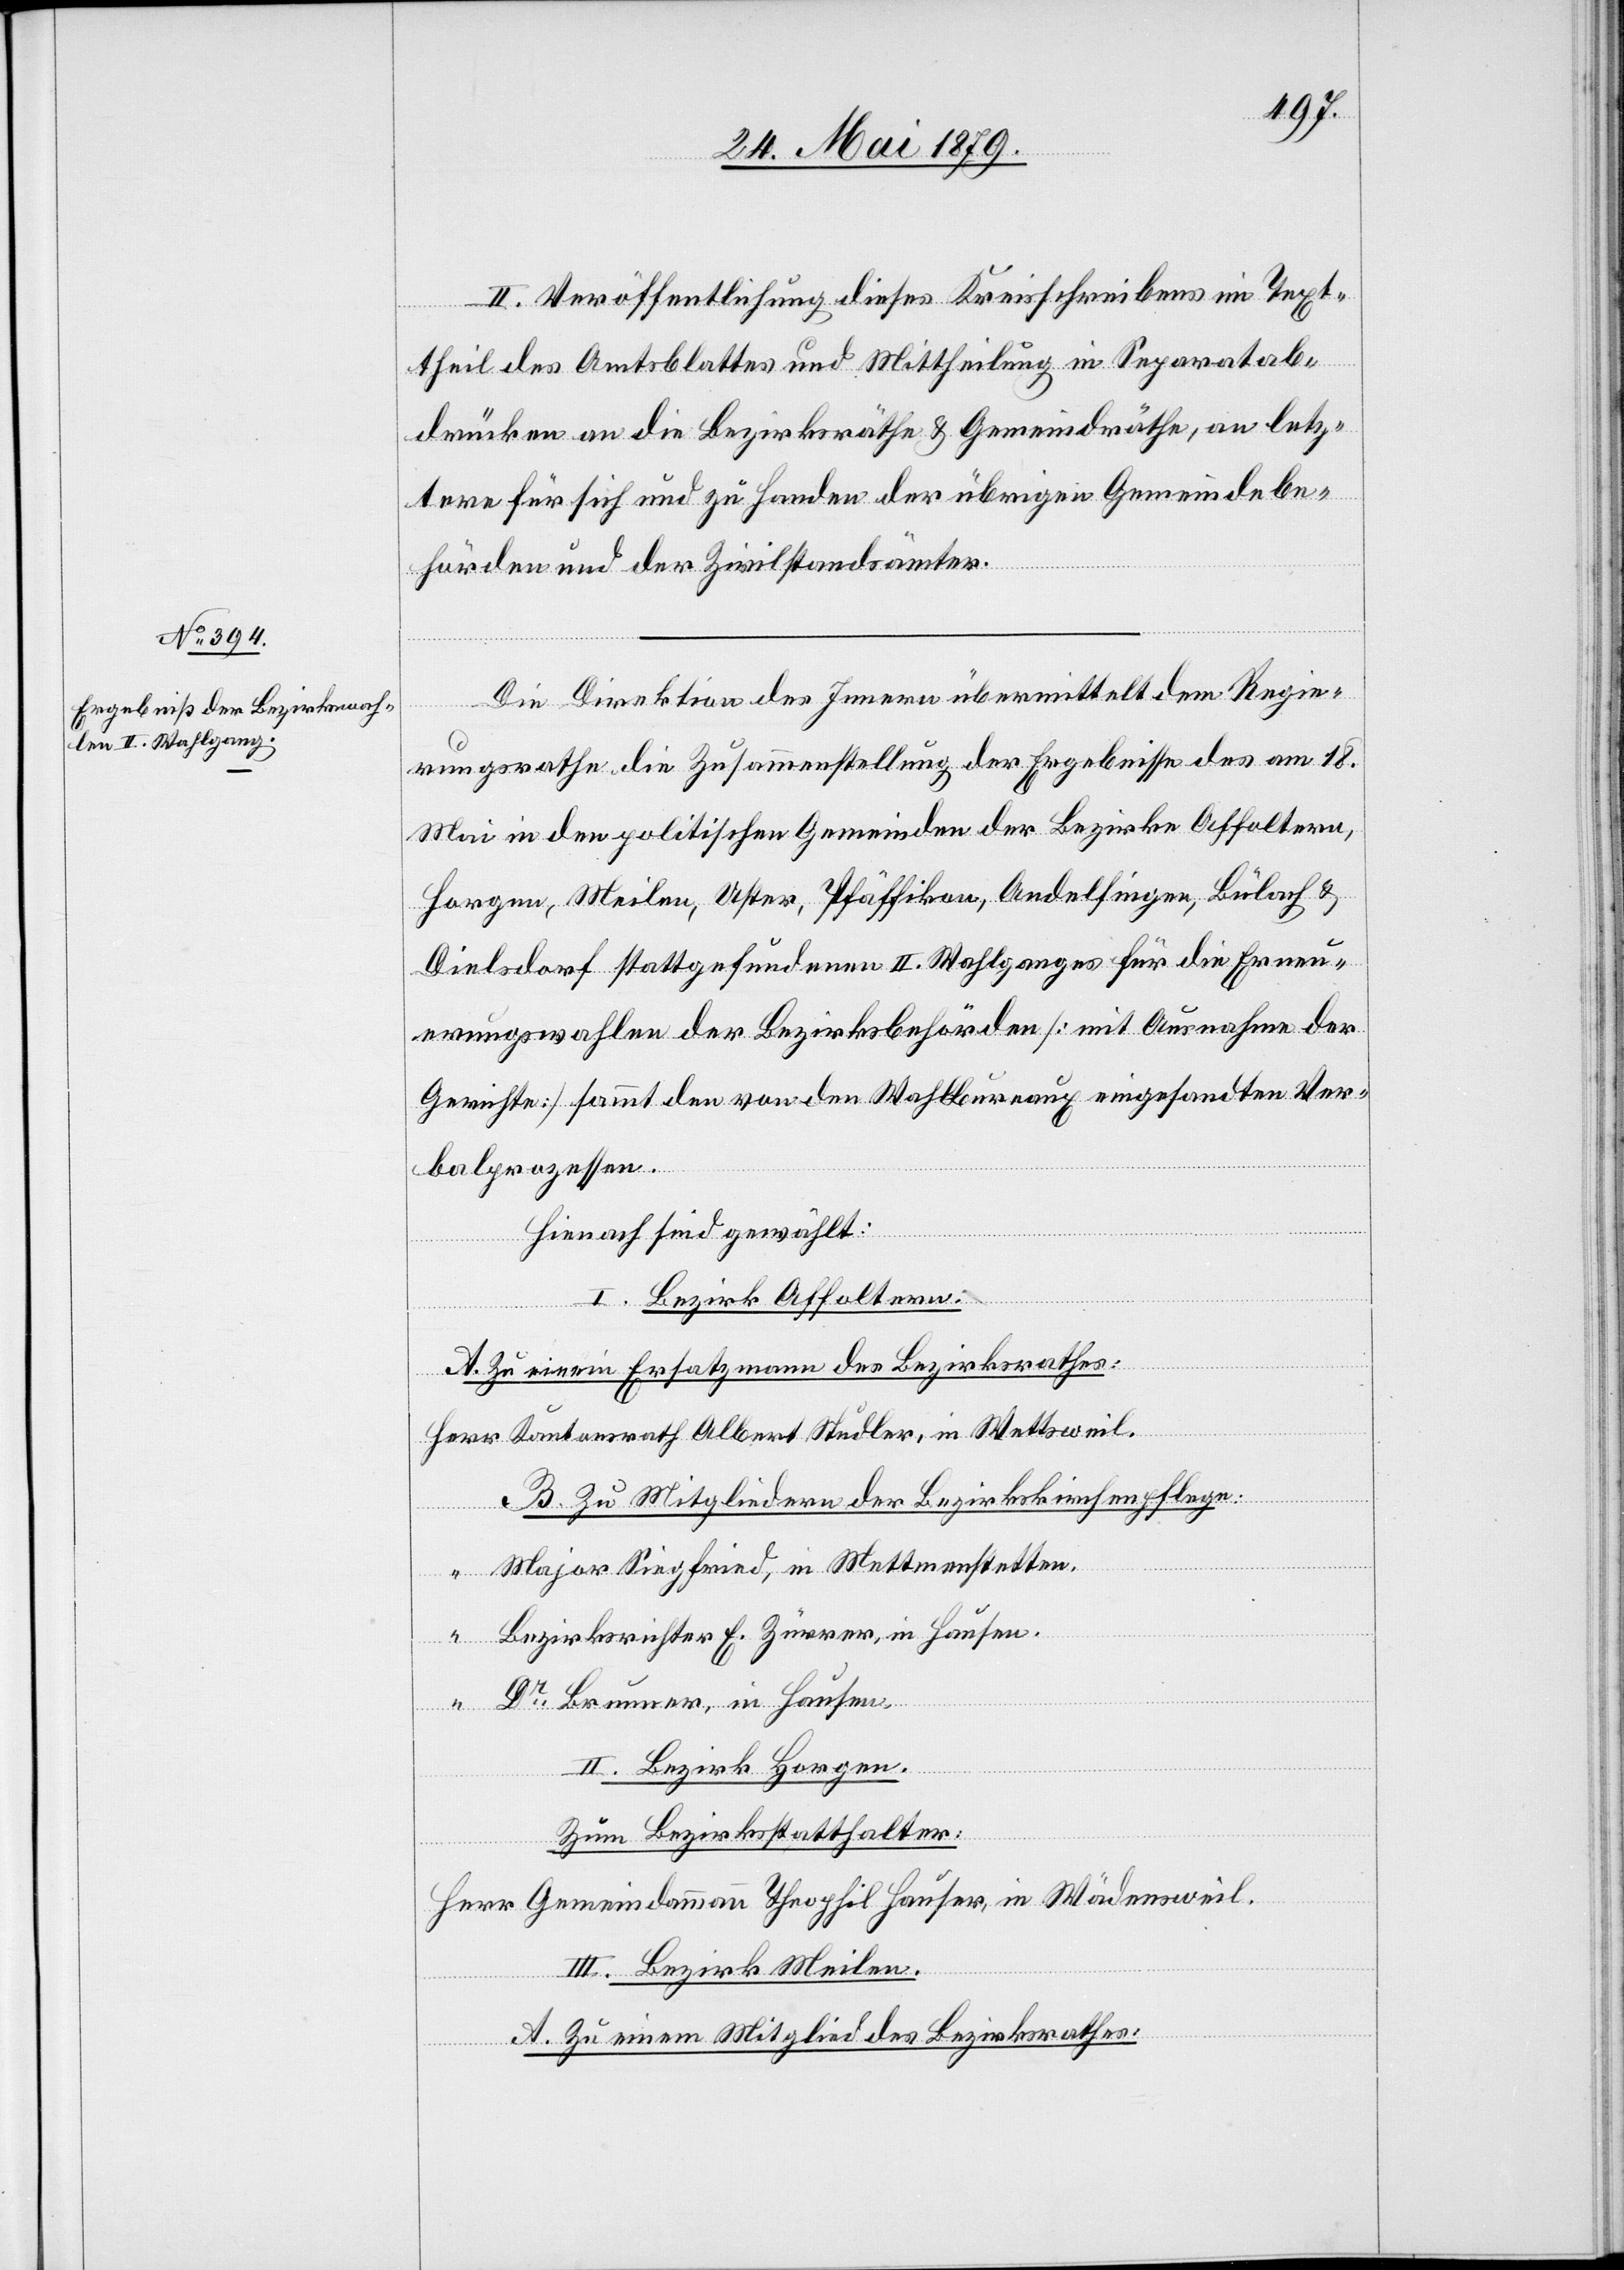
II. Veröffentlichung dieses Kreisschreibens im Text¬
theil des Amtsblattes und Mittheilung in Separatab¬
drücken an die Bezirksräthe & Gemeindräthe, an letz¬
tere für sich und zu Handen der übrigen Gemeindebe¬
hörden und der Zivilstandsämter.
Die Direktion des Innern übermittelt dem Regie¬
rungsrathe die Zusammenstellung der Ergebnisse des am 18.
Mai in den politischen Gemeinden der Bezirke Affoltern,
Horgen, Meilen, Uster, Pfäffikon, Andelfingen, Bülach &
Dielsdorf stattgefundenen II. Wahlganges für die Erneu¬
erungswahlen der Bezirksbehörden [mit Ausnahme der
Gerichte] sammt den von den Wahlbureaux eingesandten Ver¬
balprozessen.
Hienach sind gewählt:
I. Bezirk Affoltern:
A. Zu einem Ersatzmann des Bezirksrathes:
Herr Kantonsrath Albert Studler, in Wettsweil.
B. Zu Mitgliedern der Bezirkskirchenpflege:
Major Siegfried, in Mettmenstetten.
“ Bezirksrichter E. Zürrer, in Hausen.
“ Dr Brunner, in Hausen.
II. Bezirk Horgen.
Zum Bezirksstatthalter:
Herr Gemeindammann Theophil Hauser, in Wädensweil.
III. Bezirk Meilen.
A. Zu einem Mitglied des Bezirksrathes: